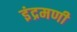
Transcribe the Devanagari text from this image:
इंद्रमणी